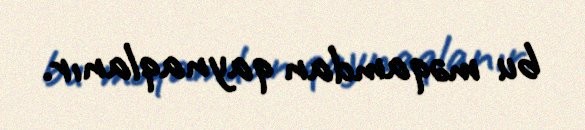
bu məqamdan qaynaqlanır.